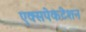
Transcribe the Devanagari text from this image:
एक्सपेकटेशन